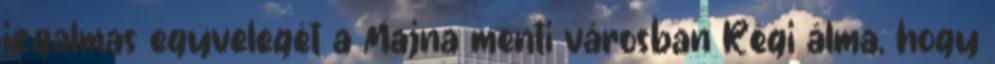
izgalmas egyvelegét a Majna menti városban Régi álma, hogy